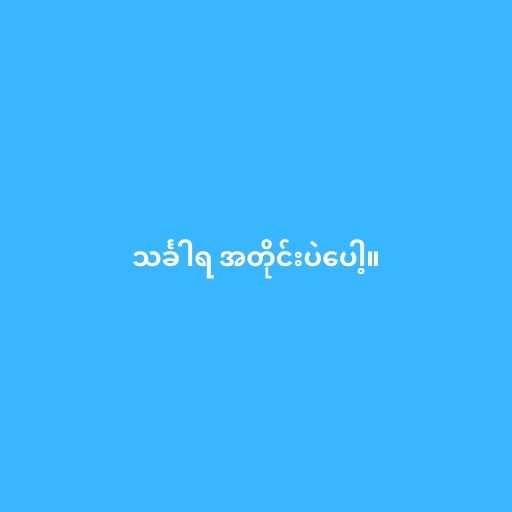
သင်္ခါရ အတိုင်းပဲပေါ့။